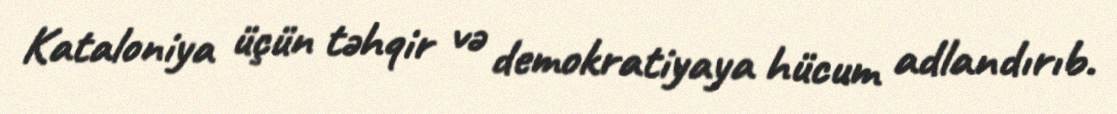
Kataloniya üçün təhqir və demokratiyaya hücum adlandırıb.